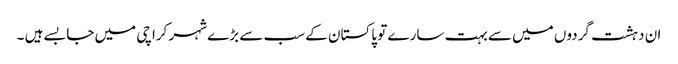
ان دہشت گردوں میں سے بہت سارے تو پاکستان کے سب سے بڑے شہر کراچی میں جا بسے ہیں ۔